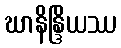
ဃာနိန္ဒြိယဿ